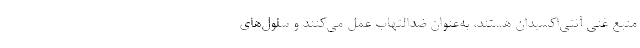
منبع غنی آنتی‌اکسیدان هستند، به‌عنوان ضدالتهاب عمل می‌کنند و سلول‌های